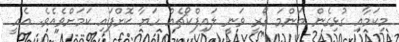
މިކަމާއި ގުޅިގެން މަންމަ ގޯރީ ވަނީ ލައިފްކޯޗެއް ހަޔާ ކޮށްފައި ކަމަށްވެއެވެ. އެއީ